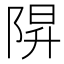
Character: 𨺒